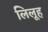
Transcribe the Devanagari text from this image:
लिलूह